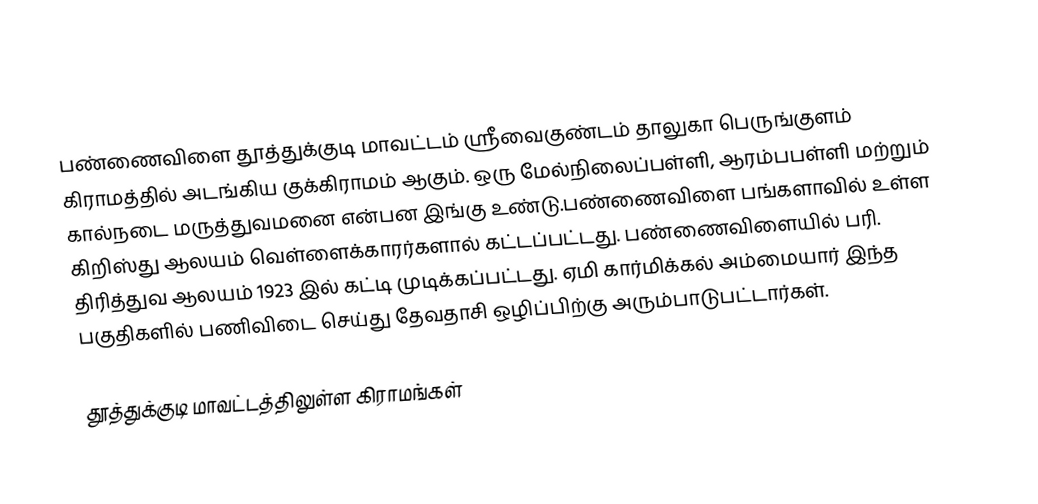
பண்ணைவிளை தூத்துக்குடி மாவட்டம் ஸ்ரீவைகுண்டம் தாலுகா பெருங்குளம் கிராமத்தில் அடங்கிய குக்கிராமம் ஆகும். ஒரு மேல்நிலைப்பள்ளி, ஆரம்பபள்ளி மற்றும் கால்நடை மருத்துவமனை என்பன இங்கு உண்டு.பண்ணைவிளை பங்களாவில் உள்ள கிறிஸ்து ஆலயம் வெள்ளைக்காரர்களால் கட்டப்பட்டது. பண்ணைவிளையில் பரி. திரித்துவ ஆலயம் 1923 இல் கட்டி முடிக்கப்பட்டது. ஏமி கார்மிக்கல் அம்மையார் இந்த பகுதிகளில் பணிவிடை செய்து தேவதாசி ஒழிப்பிற்கு அரும்பாடுபட்டார்கள்.

தூத்துக்குடி மாவட்டத்திலுள்ள கிராமங்கள்